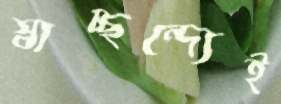
স্বাচ্ছন্দ্যেই